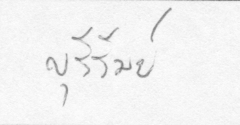
บุรีรัมย์